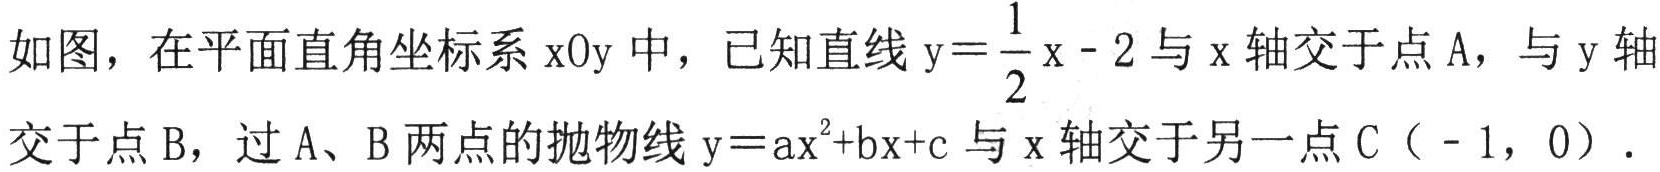
如图，在平面直角坐标系\(xOy\)中，已知直线\(y = \frac{1}{2}x - 2\)与\(x\)轴交于点\(A\)，与\(y\)轴交于点\(B\)，过\(A\)、\(B\)两点的抛物线\(y = ax^{2}+bx + c\)与\(x\)轴交于另一点\(C(-1,0)\).